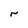
Character: r